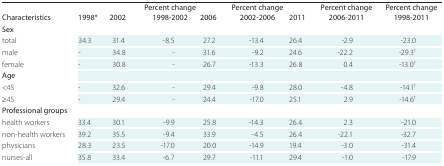
<table><thead><tr><td><b>Characteristics</b></td><td><b>1998*</b></td><td><b>2002</b></td><td><b>Percent change 1998-2002</b></td><td><b>2006</b></td><td><b>Percent change 2002-2006</b></td><td><b>2011</b></td><td><b>Percent change 2006-2011</b></td><td><b>Percent change 1998-2011</b></td></tr></thead><tbody><tr><td>Sex</td><td></td><td></td><td></td><td></td><td></td><td></td><td></td><td></td></tr><tr><td>total</td><td>34.3</td><td>31.4</td><td>-8.5</td><td>27.2</td><td>-13.4</td><td>26.4</td><td>-2.9</td><td>-23.0</td></tr><tr><td>male</td><td>-</td><td>34.8</td><td>-</td><td>31.6</td><td>-9.2</td><td>24.6</td><td>-22.2</td><td>-29.3†</td></tr><tr><td>female</td><td>-</td><td>30.8</td><td>-</td><td>26.7</td><td>-13.3</td><td>26.8</td><td>0.4</td><td>-13.0†</td></tr><tr><td>Age</td><td></td><td></td><td></td><td></td><td></td><td></td><td></td><td></td></tr><tr><td>&lt;45</td><td>-</td><td>32.6</td><td>-</td><td>29.4</td><td>-9.8</td><td>28.0</td><td>-4.8</td><td>-14.1†</td></tr><tr><td>≥45</td><td>-</td><td>29.4</td><td>-</td><td>24.4</td><td>-17.0</td><td>25.1</td><td>2.9</td><td>-14.6†</td></tr><tr><td>Professional groups</td><td></td><td></td><td></td><td></td><td></td><td></td><td></td><td></td></tr><tr><td>health workers</td><td>33.4</td><td>30.1</td><td>-9.9</td><td>25.8</td><td>-14.3</td><td>26.4</td><td>2.3</td><td>-21.0</td></tr><tr><td>non-health workers</td><td>39.2</td><td>35.5</td><td>-9.4</td><td>33.9</td><td>-4.5</td><td>26.4</td><td>-22.1</td><td>-32.7</td></tr><tr><td>physicians</td><td>28.3</td><td>23.5</td><td>-17.0</td><td>20.0</td><td>-14.9</td><td>19.4</td><td>-3.0</td><td>-31.4</td></tr><tr><td>nurses-all</td><td>35.8</td><td>33.4</td><td>-6.7</td><td>29.7</td><td>-11.1</td><td>29.4</td><td>-1.0</td><td>-17.9</td></tr></tbody></table>